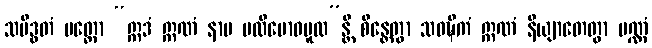
သမိဒ္ဓတံ ပတ္တော “ဣဒံ ဣဏံ နာမ ပလိဗောဓမူလ”န္တိ စိန္တေတွာ သဝဍ္ဎိကံ ဣဏံ နိယျာတေတွာ ပဏ္ဏံ